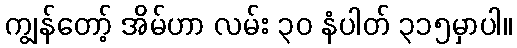
ကျွန်တော့် အိမ်ဟာ လမ်း ၃၀ နံပါတ် ၃၁၅မှာပါ။